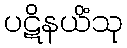
ပဋိနယိံသု